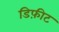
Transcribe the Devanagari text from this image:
डिफ़ीट